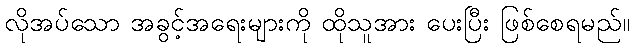
လိုအပ်သော အခွင့်အရေးများကို ထိုသူအား ပေးပြီး ဖြစ်စေရမည်။